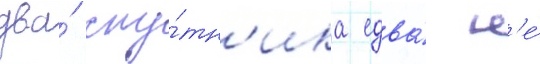
два́ спу́тн'ика едва́ н'е́